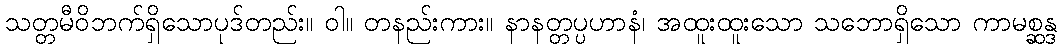
သတ္တမီဝိဘက်ရှိသောပုဒ်တည်း။ ဝါ။ တနည်းကား။ နာနတ္တပ္ပဟာနံ၊ အထူးထူးသော သဘောရှိသော ကာမစ္ဆန္ဒ